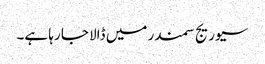
سیوریج سمندر میں ڈالا جا رہا ہے۔